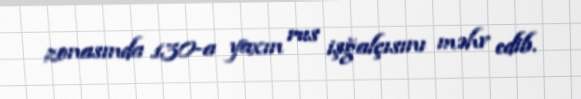
zonasında 130-a yaxın rus işğalçısını məhv edib.